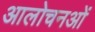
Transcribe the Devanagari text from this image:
आलोचनओं